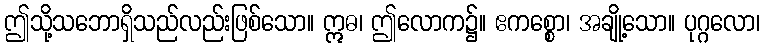
ဤသို့သဘောရှိသည်လည်းဖြစ်သော။ ဣဓ၊ ဤလောက၌။ ဧကစ္စော၊ အချို့သော။ ပုဂ္ဂလော၊